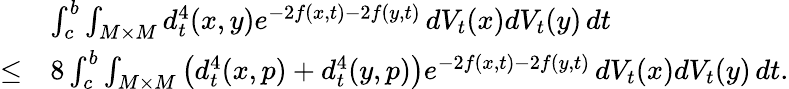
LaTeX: \begin{array}{rl}&{\int_{c}^{b}\int_{M\times M}d_{t}^{4}(x,y)e^{-2f(x,t)-2f(y,t)}\, dV_{t}(x)dV_{t}(y)\, dt}\\ {\le}&{8\int_{c}^{b}\int_{M\times M}\left(d_{t}^{4}(x,p)+d_{t}^{4}(y,p)\right)e^{-2f(x,t)-2f(y,t)}\, dV_{t}(x)dV_{t}(y)\, dt.}\end{array}